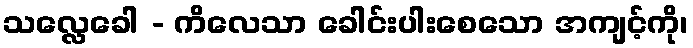
သလ္လေခေါ - ကိလေသာ ခေါင်းပါးစေသော အကျင့်ကို၊